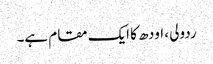
ردولی ، اودھ کا ایک مقام ہے۔